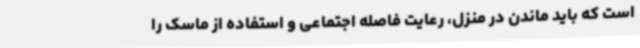
است که باید ماندن در منزل، رعایت فاصله اجتماعی و استفاده از ماسک را